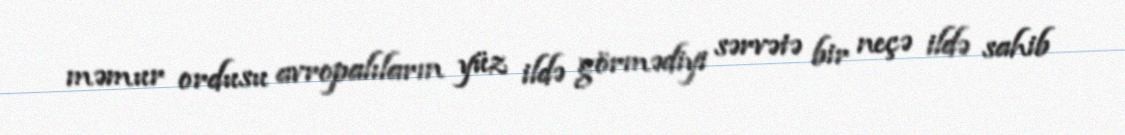
məmur ordusu avropalıların yüz ildə görmədiyi sərvətə bir neçə ildə sahib